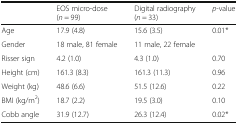
<table><thead><tr><td></td><td><b>EOS micro-dose (<i>n</i> = 99)</b></td><td><b>Digital radiography (<i>n</i> = 33)</b></td><td><b><i>p</i>-value</b></td></tr></thead><tbody><tr><td>Age</td><td>17.9 (4.8)</td><td>15.6 (3.5)</td><td>0.01*</td></tr><tr><td>Gender</td><td>18 male, 81 female</td><td>11 male, 22 female</td><td></td></tr><tr><td>Risser sign</td><td>4.2 (1.0)</td><td>4.3 (1.0)</td><td>0.70</td></tr><tr><td>Height (cm)</td><td>161.3 (8.3)</td><td>161.3 (11.3)</td><td>0.96</td></tr><tr><td>Weight (kg)</td><td>48.6 (6.6)</td><td>51.5 (12.6)</td><td>0.22</td></tr><tr><td>BMI (kg/m<sup>2</sup>)</td><td>18.7 (2.2)</td><td>19.5 (3.0)</td><td>0.10</td></tr><tr><td>Cobb angle</td><td>31.9 (12.7)</td><td>26.3 (12.4)</td><td>0.02*</td></tr></tbody></table>